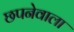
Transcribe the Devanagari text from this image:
छपनेवाला